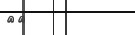
٤٩